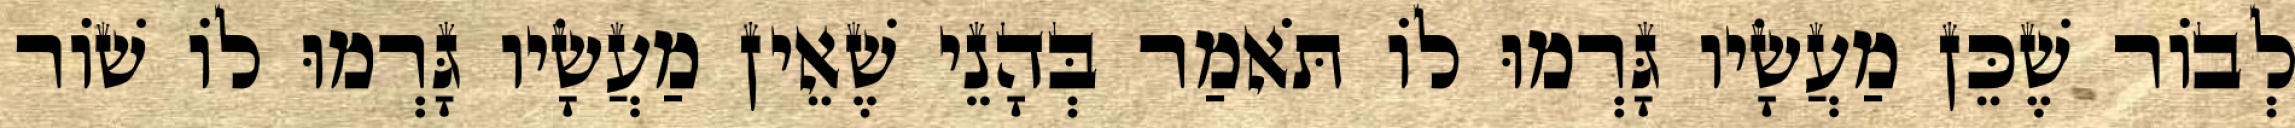
לְבוֹר שֶׁכֵּן מַעֲשָׂיו גָּרְמוּ לוֹ תֹּאמַר בְּהָנֵי שֶׁאֵין מַעֲשָׂיו גָּרְמוּ לוֹ שׁוֹר